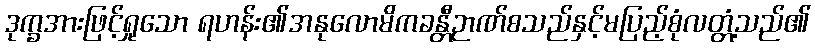
ဒုက္ခအားဖြင့်ရှုသော ရဟန်း၏အနုလောမိကခန္တီဉာဏ်စသည်နှင့်မပြည့်စုံလတ္တံ့သည်၏